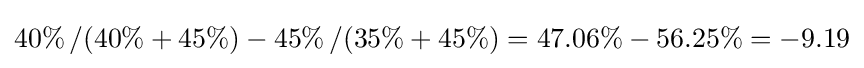
40\%\left/(40\%+45\%\right)-45\%\left/(35\%+45\%\right)=47.06\%-56.25\%=-9.19